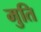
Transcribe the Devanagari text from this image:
मुति